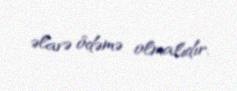
əlavə ödəmə olmalıdır.